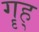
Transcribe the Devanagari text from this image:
गॄह्